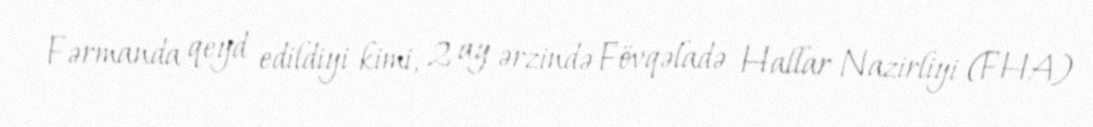
Fərmanda qeyd edildiyi kimi, 2 ay ərzində Fövqəladə Hallar Nazirliyi (FHA)